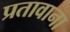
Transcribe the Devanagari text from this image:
प्रतावाना